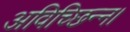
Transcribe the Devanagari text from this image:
अविच्छिन्न।